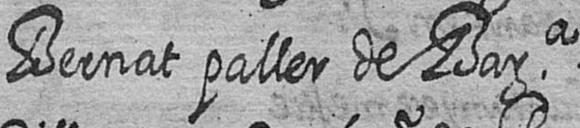
Bernat paller de Bara